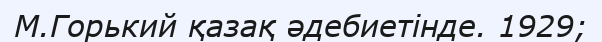
М.Горький қазақ әдебиетінде. 1929;